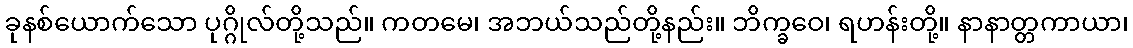
ခုနစ်ယောက်သော ပုဂ္ဂိုလ်တို့သည်။ ကတမေ၊ အဘယ်သည်တို့နည်း။ ဘိက္ခဝေ၊ ရဟန်းတို့။ နာနာတ္တကာယာ၊